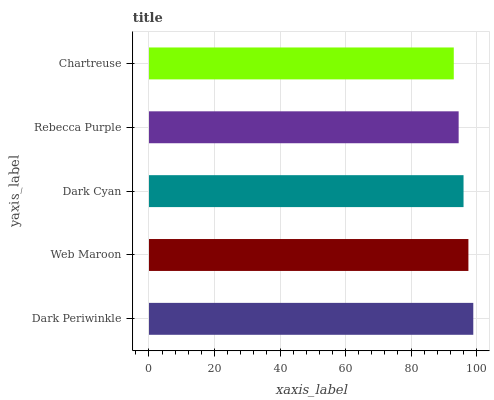
| yaxis_label | bars |
 | --- | --- |
 | Dark Periwinkle | 99 |
 | Web Maroon | 97.5 |
 | Dark Cyan | 96 |
 | Rebecca Purple | 94.5 |
 | Chartreuse | 93 |